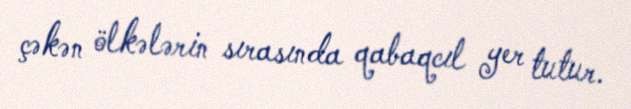
çəkən ölkələrin sırasında qabaqcıl yer tutur.